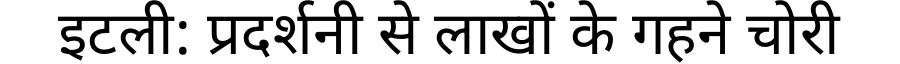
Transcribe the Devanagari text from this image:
इटली: प्रदर्शनी से लाखों के गहने चोरी